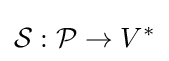
{\mathcal {S}}:{\mathcal {P}}\rightarrow V^{*}